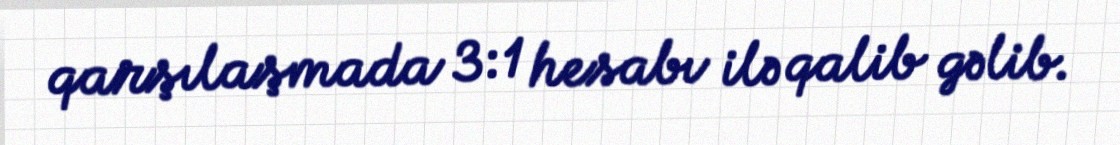
qarşılaşmada 3:1 hesabı ilə qalib gəlib.